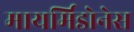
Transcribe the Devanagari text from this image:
मायर्मिडोनेस